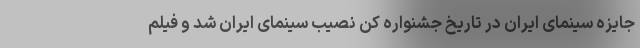
جایزه سینمای ایران در تاریخ جشنواره کن نصیب سینمای ایران شد و فیلم